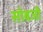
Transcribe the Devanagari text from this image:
सोबजी